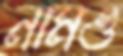
নামও